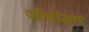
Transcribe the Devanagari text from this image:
जीणोंद्धार